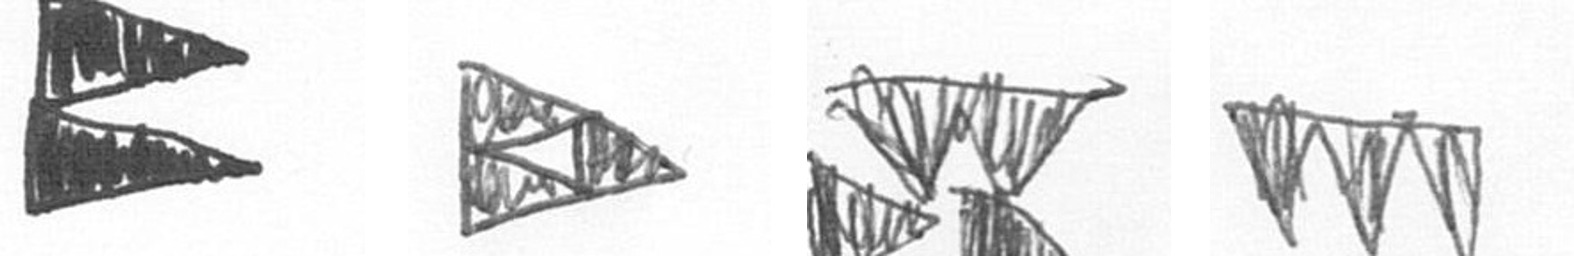
P K B L